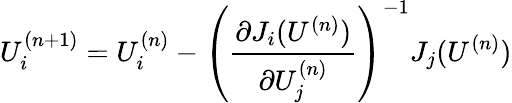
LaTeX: U_{i}^{(n+1)}=U_{i}^{(n)}-\left(\frac{\partial J_{i}(U^{(n)})}{\partial U_{j}^{(n)}}\right)^{-1}J_{j}(U^{(n)})